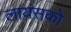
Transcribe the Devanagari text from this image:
लायंसको